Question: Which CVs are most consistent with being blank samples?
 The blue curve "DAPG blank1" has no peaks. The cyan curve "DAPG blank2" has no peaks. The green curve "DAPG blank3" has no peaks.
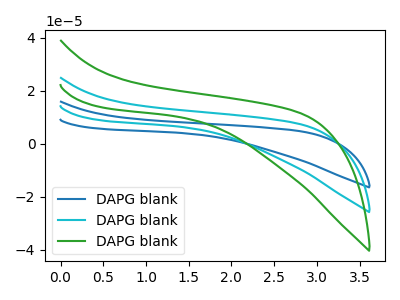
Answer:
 <answer>"DAPG blank1", "DAPG blank2" and "DAPG blank3" are likely to be blanks.</answer>
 <eval>"DAPG blank1", "DAPG blank2", "DAPG blank3"</eval>